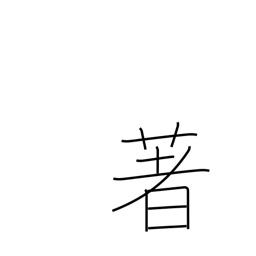
Meaning: renowned